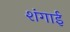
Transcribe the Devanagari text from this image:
शंगाई